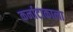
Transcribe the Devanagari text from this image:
कर्नाटाकाला